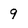
Character: 9